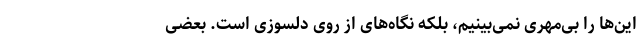
این‌ها را بی‌مهری نمی‌بینیم، بلکه نگاه‌های از روی دلسوزی است. بعضی